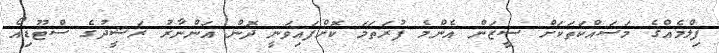
ފިލްމެއްގެ މަސައްކަތަކަށް ސީޒަން އެންމެ ފުރަތަމަ ކޮށްފައިވަނީ ދޮން އަންނާރު ރަޝީދުގެ ސްޓޫޑިއޯ